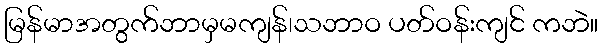
မြန်မာအတွက်ဘာမှမကျန်၊သဘာဝ ပတ်ဝန်းကျင် ကဘဲ။